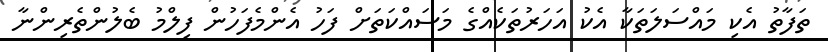
ތަފާތު އެކި މައްސަލަތަކާ އެކު އަހަރުތަކެއްގެ މަސައްކަތަށް ފަހު އެންމެފަހުން ފިލްމު ބެލުންތެރިންނާ